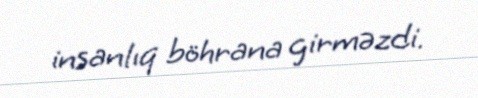
insanlıq böhrana girməzdi.